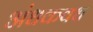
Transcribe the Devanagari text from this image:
अंधकवध